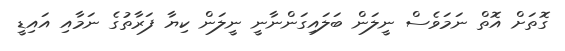
ގޮތަށް އޮތް ނަމަވެސް ނީލަން ބަލައިގަންނާނީ ނީލަން ކިޔާ ފަރާތުގެ ނަމާއި އައިޑީ